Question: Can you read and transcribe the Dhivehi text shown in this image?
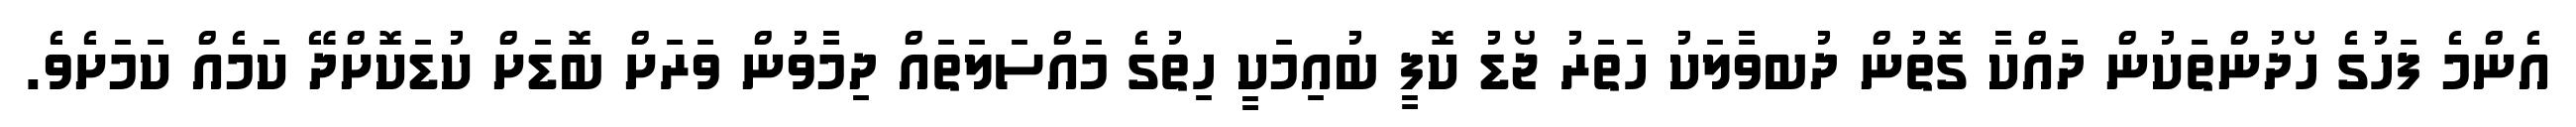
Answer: އެންމެ ފަހުގެ ހޯދުންތަކުން ދައްކާ ގޮތުން ދުބވާލަކު ހަތަރު ޖޯޑު ކޮފީ ބުއިމަކީ ހިތުގެ މައްސަލަތައް ދިމާވުން ވަރަށް ބޮޑަށް ކުޑަކޮށްދޭ ކަމެއް ކަމަށެވެ.